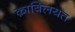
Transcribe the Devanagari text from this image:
क़ाबिलयत